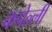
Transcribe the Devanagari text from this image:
कपेल्ली